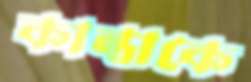
কান্তাকে